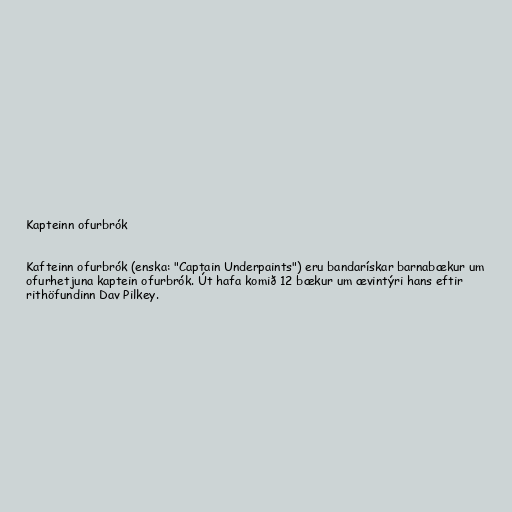
Kapteinn ofurbrók

Kafteinn ofurbrók (enska: "Captain Underpaints") eru bandarískar barnabækur um
ofurhetjuna kaptein ofurbrók. Út hafa komið 12 bækur um ævintýri hans eftir
rithöfundinn Dav Pilkey.